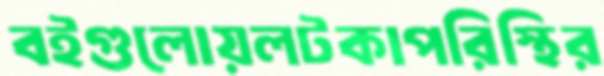
বইগুলোয়লটকাপরিস্থির